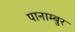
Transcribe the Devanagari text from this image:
पानाम्बुर